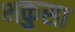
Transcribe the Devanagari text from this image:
भकुसा